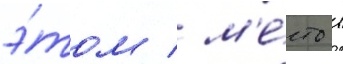
э́том / м'е́сто в